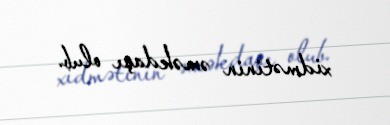
xidmətinin əməkdaşı olub.